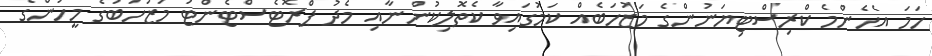
ހަމަ އެހެންމެ ކްރިސްޓިޔަނުންގެ މަޒުހަބެއް ކަމުގައިވާ ކެތޮލިކުންނާއި މެދު ޕްރޮޓެސްޓެންޓު މަޒުހަބުގެ މީހުންގެ